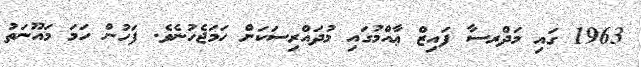
1963 ގައި މަދްރސާ ފައިޒް ޢާއްމުގައި މުދައްރިސަކަށް ހަމަޖެހުނެވެ. ފަހުން ހަމަ މައޫނަތު